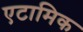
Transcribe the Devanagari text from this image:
एटामिक